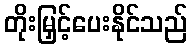
တိုးမြှင့်ပေးနိုင်သည်